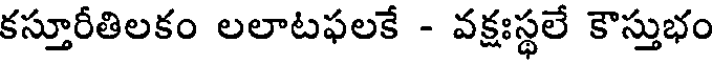
కస్తూరీతిలకం లలాటఫలకే - వక్షఃస్థలే కౌస్తుభం